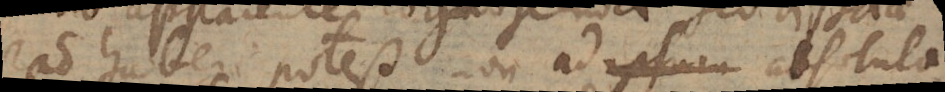
ratio haberi potest non ad ipsam absoluta